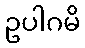
ဥပါဂမိ